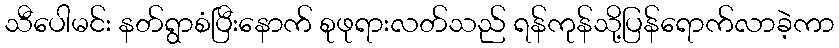
သီပေါမင်း နတ်ရွာစံပြီးနောက် စုဖုရားလတ်သည် ရန်ကုန်သို့ပြန်ရောက်လာခဲ့ကာ